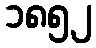
၁၈၅၂